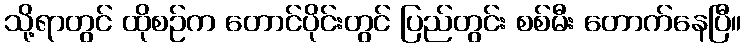
သို့ရာတွင် ထိုစဉ်က တောင်ပိုင်းတွင် ပြည်တွင်း စစ်မီး တောက်နေပြီ။